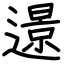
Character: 𨗈